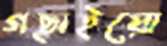
গছাইয়ো